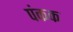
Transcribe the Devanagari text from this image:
पंकक